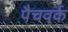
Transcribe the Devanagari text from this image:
पैचवर्क